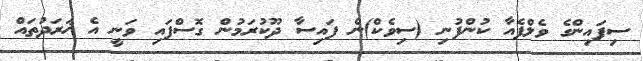
ސިފައިންގެ ވެލްފެއާ ކުންފުނި (ސިވެކް)ން ފައިސާ ދޫކުރަމުން ގޮސްފައި ވަނީ އެ ޚަރަދުތައް